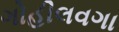
ગોહીલવગા